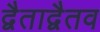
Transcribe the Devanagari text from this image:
द्वैताद्वैतव